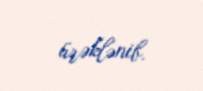
ürəklənib.